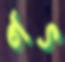
গৎ